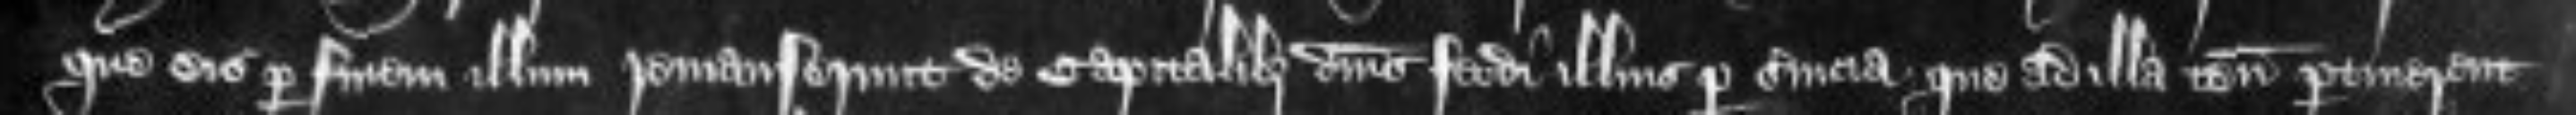
que eis per finem illam remanserunt de capitalibus dominis feodi ilius per servicia que ad illa tenementa pertinerent